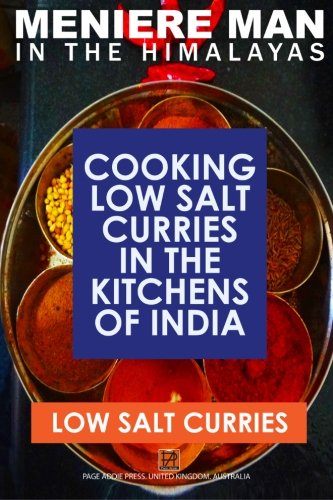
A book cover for Meniere Man In The Himalayas. LOW SALT CURRIES.: Low Salt Cooking In The Kitchens Of India; Meniere Man; Cookbooks, Food & Wine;